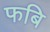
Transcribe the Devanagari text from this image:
फबि